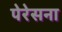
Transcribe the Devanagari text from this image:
पेरेसना